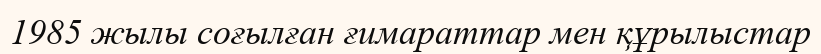
1985 жылы соғылған ғимараттар мен құрылыстар